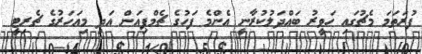
ފުރަތަމަ މެޗުގައި ހަވީރު ބައްދަލުކުރާނީ އެންމެ ފަހުގެ ޗެމްޕިއަން އަދި މިއަހަރުގެ ޗެރިޓީ